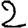
Digit: 2